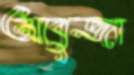
আবুজা